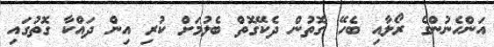
އަންހެނުންގެ ރޯލާއި ބެހޭ ގޮތުން ދެކޭގޮތް ބެލުމަށް ކުރި އިން ދައްކާ ގޮތުގައި